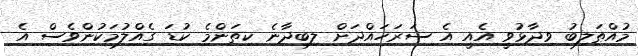
މުއްޠަލިބު ވިދާޅުވީ އެއީ އެ ސަރަހައްދަށް ލިބިދާނެ ކިތަންމެ ކުޑަ ގެއްލުމަކުންވެސް އެ